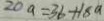
2 0 a = 3 6 + 1 8 a